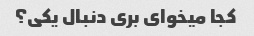
کجا میخوای بری دنبال یکی؟